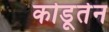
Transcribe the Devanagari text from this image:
कोडूतेन